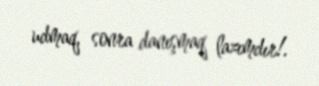
udmaq, sonra danışmaq lazımdır!.